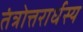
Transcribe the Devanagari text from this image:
तंत्रोत्तरार्धस्य